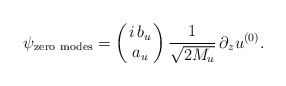
\begin{align*}\psi_{\rm zero~modes}=\left(\!\!\begin{array}{c} i\,b_u\\ a_u\end{array}\!\!\right)\frac{1}{\sqrt{2M_u}}\,\partial_z u^{(0)}.\end{align*}